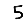
Digit: 5